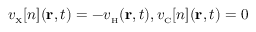
v _ { \scriptscriptstyle \mathrm { X } } [ n ] ( { \bf r } , t ) = - v _ { \scriptscriptstyle \mathrm { H } } ( { \bf r } , t ) , v _ { \scriptscriptstyle \mathrm { C } } [ n ] ( { \bf r } , t ) = 0